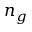
n _ { g }